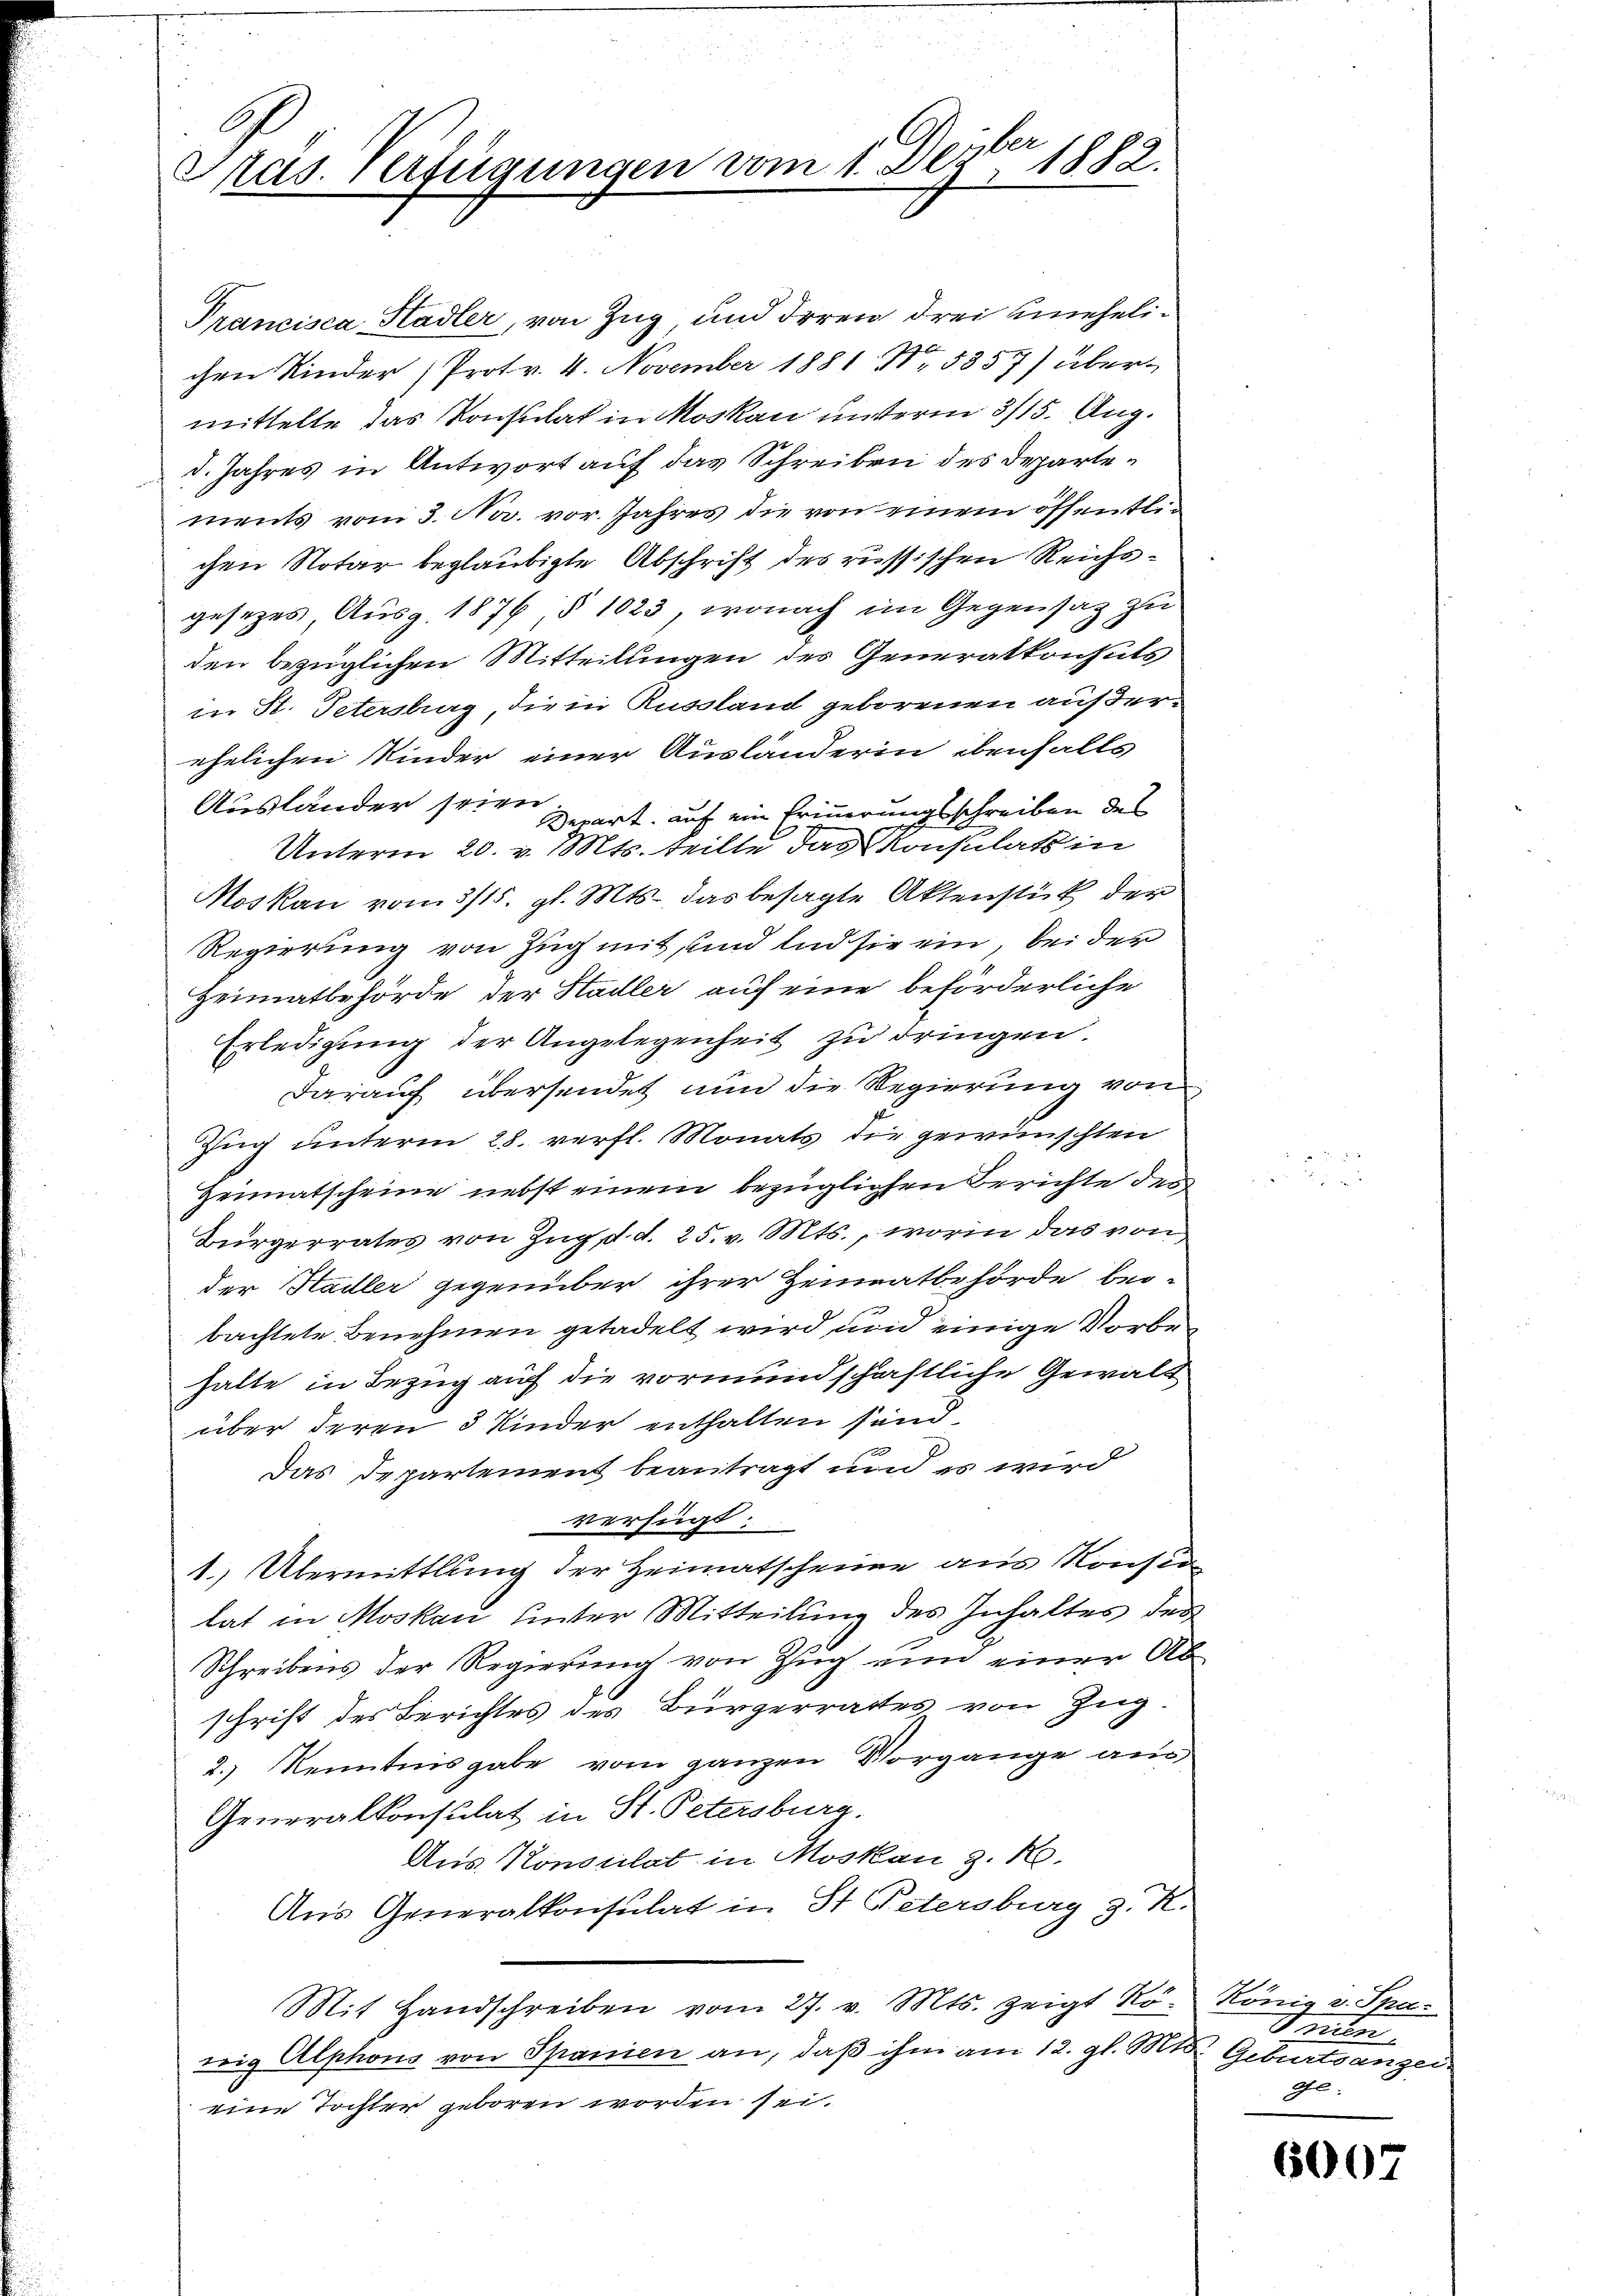
le
1882.
Pras. Verfügungen vom 1. Dez

Prancisca Hadler, von Zug und Irren drei unehelichen Kinder (Protr. 4. November 1881 Nr. 5357) übermittelte das Konsulat in Moskau unterm 3/15. Aug.
d. Jahres in Antwort auf das Schreiben des Departements vom 3. Nov. vor. Jahres die von einem öffentlic
chen Notar beglaubigte Abschrift des russischen Reichsgesetzes Ausg. 1876, § 1023, wonach im Gegensatz zu
den bezüglichen Mitteilungen der Generalkonsuls
in K. Petersburg, die in Russland geborenen außerehelichen Kinder einer Ausländerin ebenfalls
Ausländer seien
Derart auf ein Erinnerungsschreiben des
Unterm 20. v. Mts. teilte das Konsulat in
Moskau vom 3/15. gl. Mts. das besagte Aktenstück der
Regierung von Zug mit, und und sie ein, bei der
Heimatbehörde der Stadler auf eine beförderliche
Erledigung der Angelegenheit zu dringen.
darauf übersendet nun die Regierung von
Zug unterm 28. verfl. Monats die gewünschten
Heimatscheine nebst einem bezüglichen Berichte der
Bürgerrates von Zug, d. d. 25. v. Mts., worin das von
der Hadler gegenüber ihrer Heimatbehörde beibachtete Benehmen getadelt wird und einige Vorbehalte in Bezug auf die vormundschaftliche Gewalt
über deren 3 Kinder enthalten sind.
Das Departement beantragt und es wird
verfügt.
1. Übermittlung der Heimatscheine aus Konsen
lat in Moskau unter Mitteilung des Inhaltes der
Schreibens der Regierung von Zug und einer Ab
schrift des Berichtes des Bürgerrathes von Zug.
2.) Kenntnisgabe vom ganzen Vorgänge aus
Generalkonsulat in St. Petersburg.
Aus Konsulat in Moskau z. R.
Aus Generalkonsulat in St. Petersburg z. R.
Mit Handschreiben vom 27. v. Mts. zeigt Ro. König v. Spa-
weig Alphons von Spanien an, daß ihm am 12. gl. Mts. Geburtsanzei
eine Tochter geboren worden sei.

nien
ge:

6007